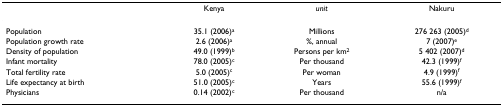
<table><thead><tr><td></td><td><b>Kenya</b></td><td><b><i>unit</i></b></td><td><b>Nakuru</b></td></tr></thead><tbody><tr><td>Population</td><td>35.1 (2006)<sup>a</sup></td><td>Millions</td><td>276 263 (2005)<sup>d</sup></td></tr><tr><td>Population growth rate</td><td>2.6 (2006)<sup>a</sup></td><td>%, annual</td><td>7 (2007)<sup>e</sup></td></tr><tr><td>Density of population</td><td>49.0 (1999)<sup>b</sup></td><td>Persons per km<sup>2</sup></td><td>5 402 (2007)<sup>d</sup></td></tr><tr><td>Infant mortality</td><td>78.0 (2005)<sup>c</sup></td><td>Per thousand</td><td>42.3 (1999)<sup>f</sup></td></tr><tr><td>Total fertility rate</td><td>5.0 (2005)<sup>c</sup></td><td>Per woman</td><td>4.9 (1999)<sup>f</sup></td></tr><tr><td>Life expectancy at birth</td><td>51.0 (2005)<sup>c</sup></td><td>Years</td><td>55.6 (1999)<sup>f</sup></td></tr><tr><td>Physicians</td><td>0.14 (2002)<sup>c</sup></td><td>Per thousand</td><td>n/a</td></tr></tbody></table>